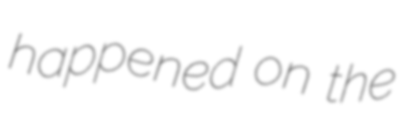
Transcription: happened on the